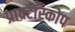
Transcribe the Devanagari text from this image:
प्राक्टॉस्कोप